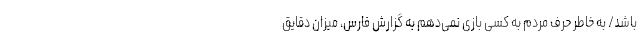
باشد/ به خاطر حرف مردم به کسی بازی نمی‌دهم به گزارش فارس، میزان دقایق